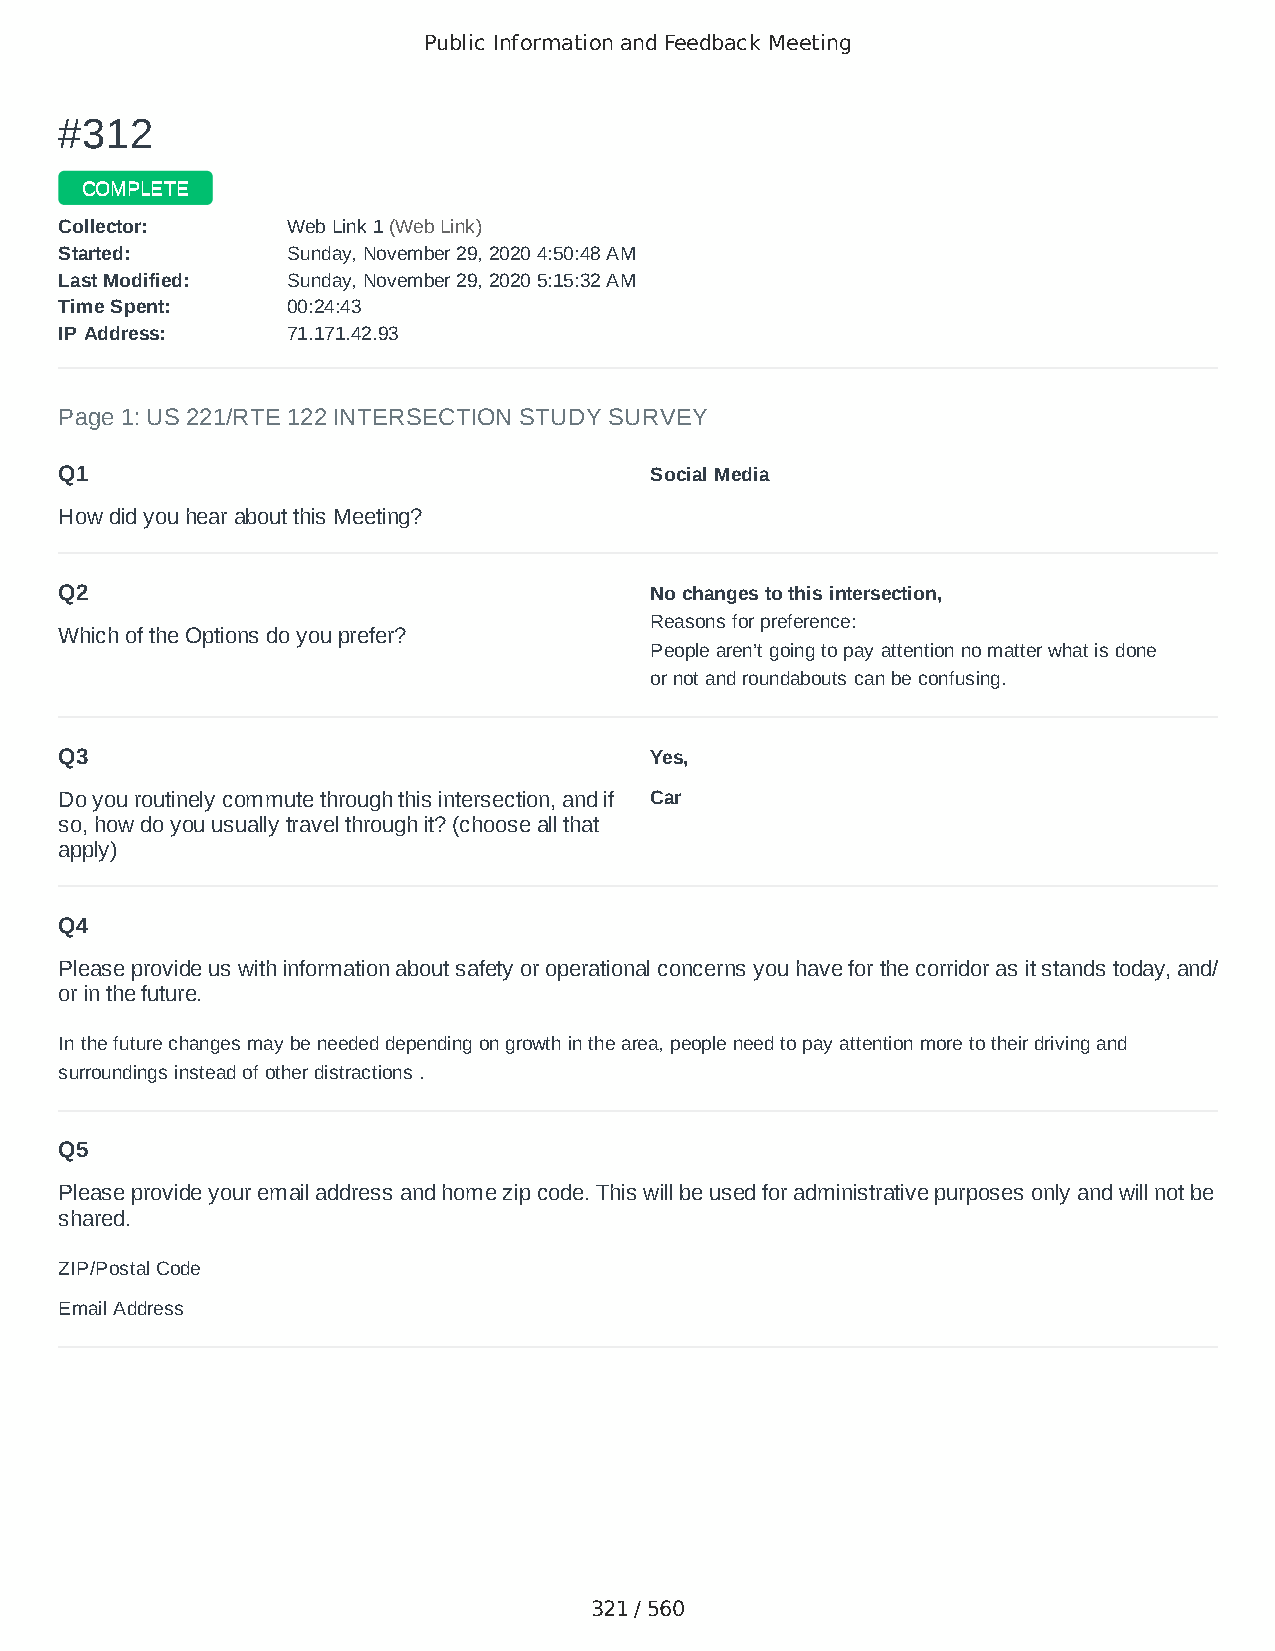
Public Information and Feedback Meeting
 ##331122
 CCOOMMPPLLEETTEE
 CCoolllleeccttoorr:: WWeebb LLiinnkk 11 ((WWeebb LLiinnkk))
 SSttaarrtteedd:: SSuunnddaayy,, NNoovveemmbbeerr 2299,, 22002200 44::5500::4488 AAMM
 LLaasstt MMooddiiffiieedd:: SSuunnddaayy,, NNoovveemmbbeerr 2299,, 22002200 55::1155::3322 AAMM
 TTiimmee SSppeenntt:: 0000::2244::4433
 IIPP AAddddrreessss:: 7711..117711..4422..9933
 Page 1: US 221/RTE 122 INTERSECTION STUDY SURVEY
 Q1                                     Social Media
 How did you hear about this Meeting?
 Q2                                     No changes to this intersection,
 Reasons for preference:
 Which of the Options do you prefer?
 People aren’t going to pay attention no matter what is done
 or not and roundabouts can be confusing.
 Q3                                     Yes,
 Do you routinely commute through this intersection, and if Car
 so, how do you usually travel through it? (choose all that
 apply)
 Q4
 Please provide us with information about safety or operational concerns you have for the corridor as it stands today, and/
 or in the future.
 In the future changes may be needed depending on growth in the area, people need to pay attention more to their driving and
 surroundings instead of other distractions .
 Q5
 Please provide your email address and home zip code. This will be used for administrative purposes only and will not be
 shared.
 ZIP/Postal Code                        24523
 Email Address                          cndyfloss54@hotmail.com
 321 / 560